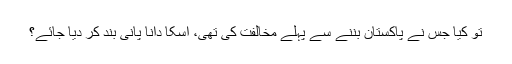
تو کیا جس نے پاکستان بننے سے پہلے مخالفت کی تھی، اسکا دانا پانی بند کر دیا جائے؟